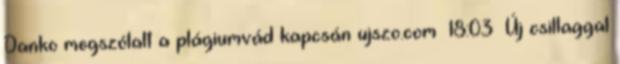
Danko megszólalt a plágiumvád kapcsán ujszo.com 18:03 Új csillaggal